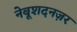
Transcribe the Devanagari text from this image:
नेबूशदनज़र